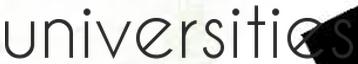
universities